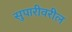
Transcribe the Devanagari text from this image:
सुपारीवरील